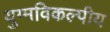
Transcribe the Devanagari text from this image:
युग्मविकल्पीय